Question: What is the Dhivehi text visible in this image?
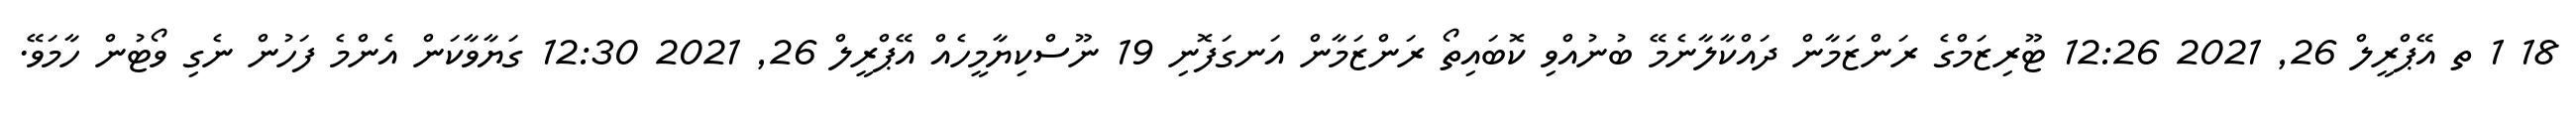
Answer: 18 1 ތ އޭޕްރީލް 26, 2021 12:26 ޓޫރިޒަމްގެ ރަންޒަމާން ދައްކާލާނެމޭ ބުނުއްވި ކޮބައިތޯ ރަންޒަމާން އަނގަފޮނި 19 ނޫސްކިޔާމީހެއް އޭޕްރީލް 26, 2021 12:30 ގަޔާވާކަން އެންމެ ފަހުން ނެގި ވޯޓުން ހާމަވޭ.